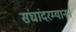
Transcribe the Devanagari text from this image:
संघांदरम्यानन